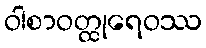
ဝါစာဝတ္ထုရေဝဿ